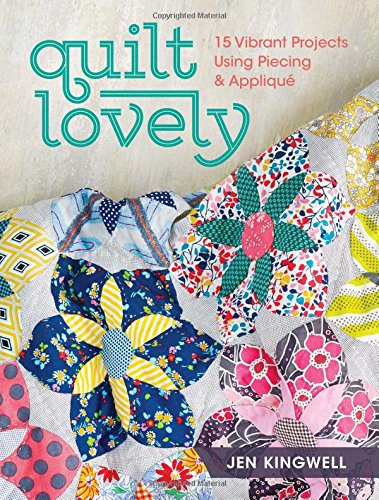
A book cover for Quilt Lovely: 15 Vibrant Projects Using Piecing and Applique; Jen Kingwell; Crafts, Hobbies & Home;